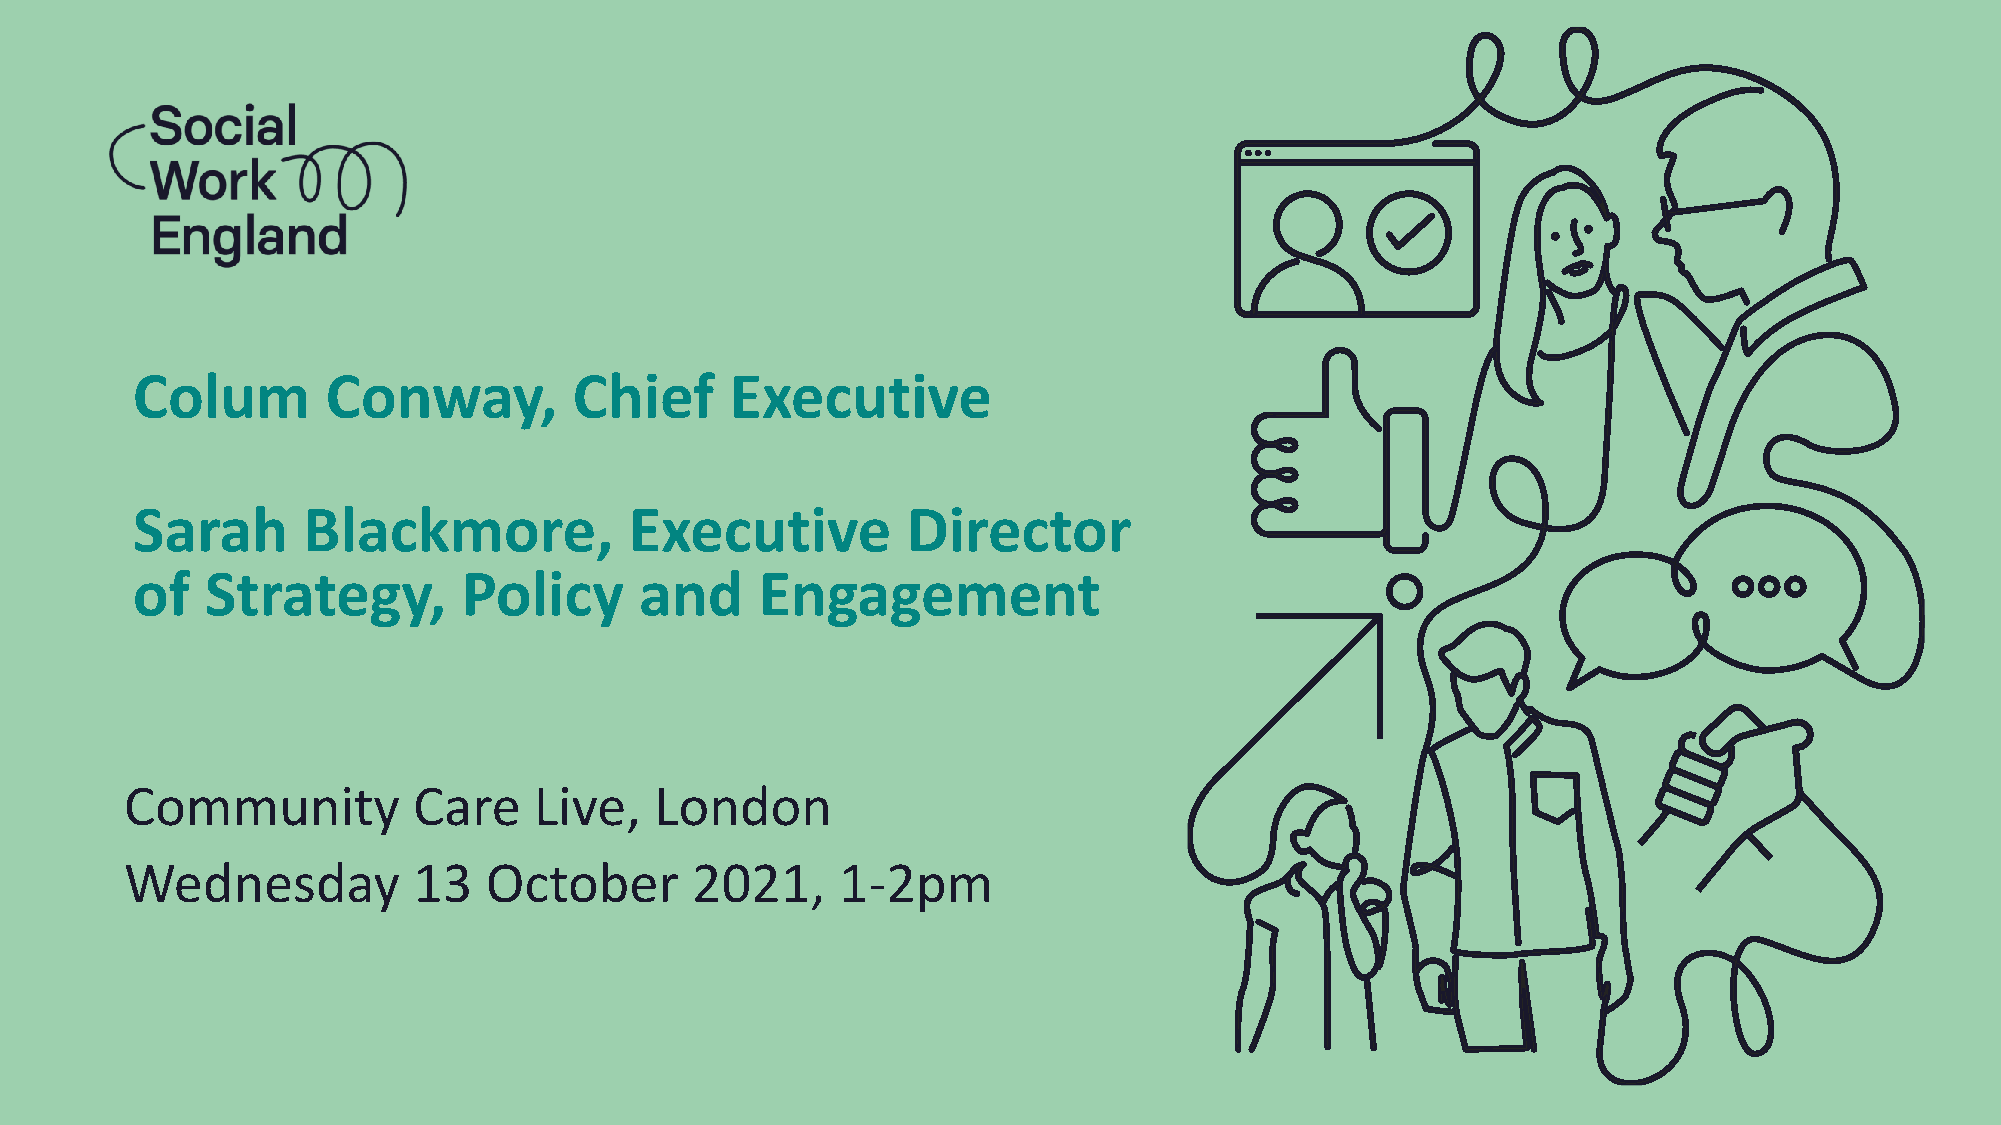
Colum        Conway,         Chief     Executive
 Sarah      Blackmore,            Executive         Director
 of   Strategy,        Policy     and     Engagement
 Community          Care    Live,   London
 Wednesday          13   October       2021,     1-2pm